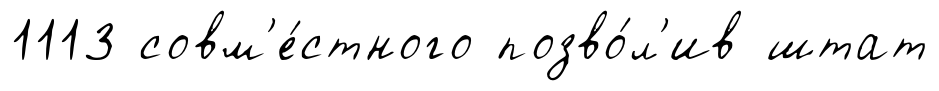
1113 совм'е́стного позво́л'ив штат